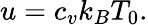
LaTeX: u=c_{v}k_{B}T_{0}.